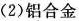
(2)铝合金